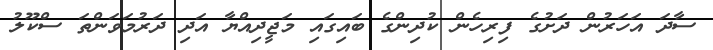
ސާދަ އަހަރުން ދަށުގެ ފިރިހެން ކުދިންގެ ބައިގައި މަޖީދިއްޔާ އަދި ދަރުުމަވަންތަ ސްކޫލު